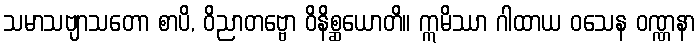
သမာသဗျာသတော စာပိ, ဝိညာတဗ္ဗော ဝိနိစ္ဆယောတိ။ ဣမိဿာ ဂါထာယ ဝသေန ဝဏ္ဏနာ